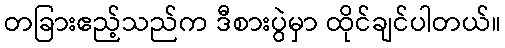
တခြားဧည့်သည်က ဒီစားပွဲမှာ ထိုင်ချင်ပါတယ်။